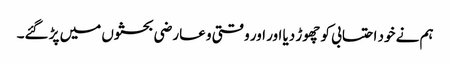
ہم نے خود احتسابی کو چھوڑ دیا اور اور وقتی و عارضی بحثوں میں پڑ گئے۔